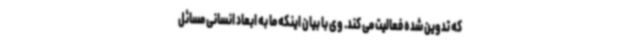
که تدوین شده فعالیت می کند. وی با بیان اینکه ما به ابعاد انسانی مسائل